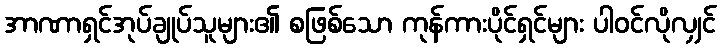
အာဏာရှင်အုပ်ချုပ်သူများ၏ စဖြစ်သော ကုန်ကားပိုင်ရှင်များ ပါဝင်လိုလျှင်